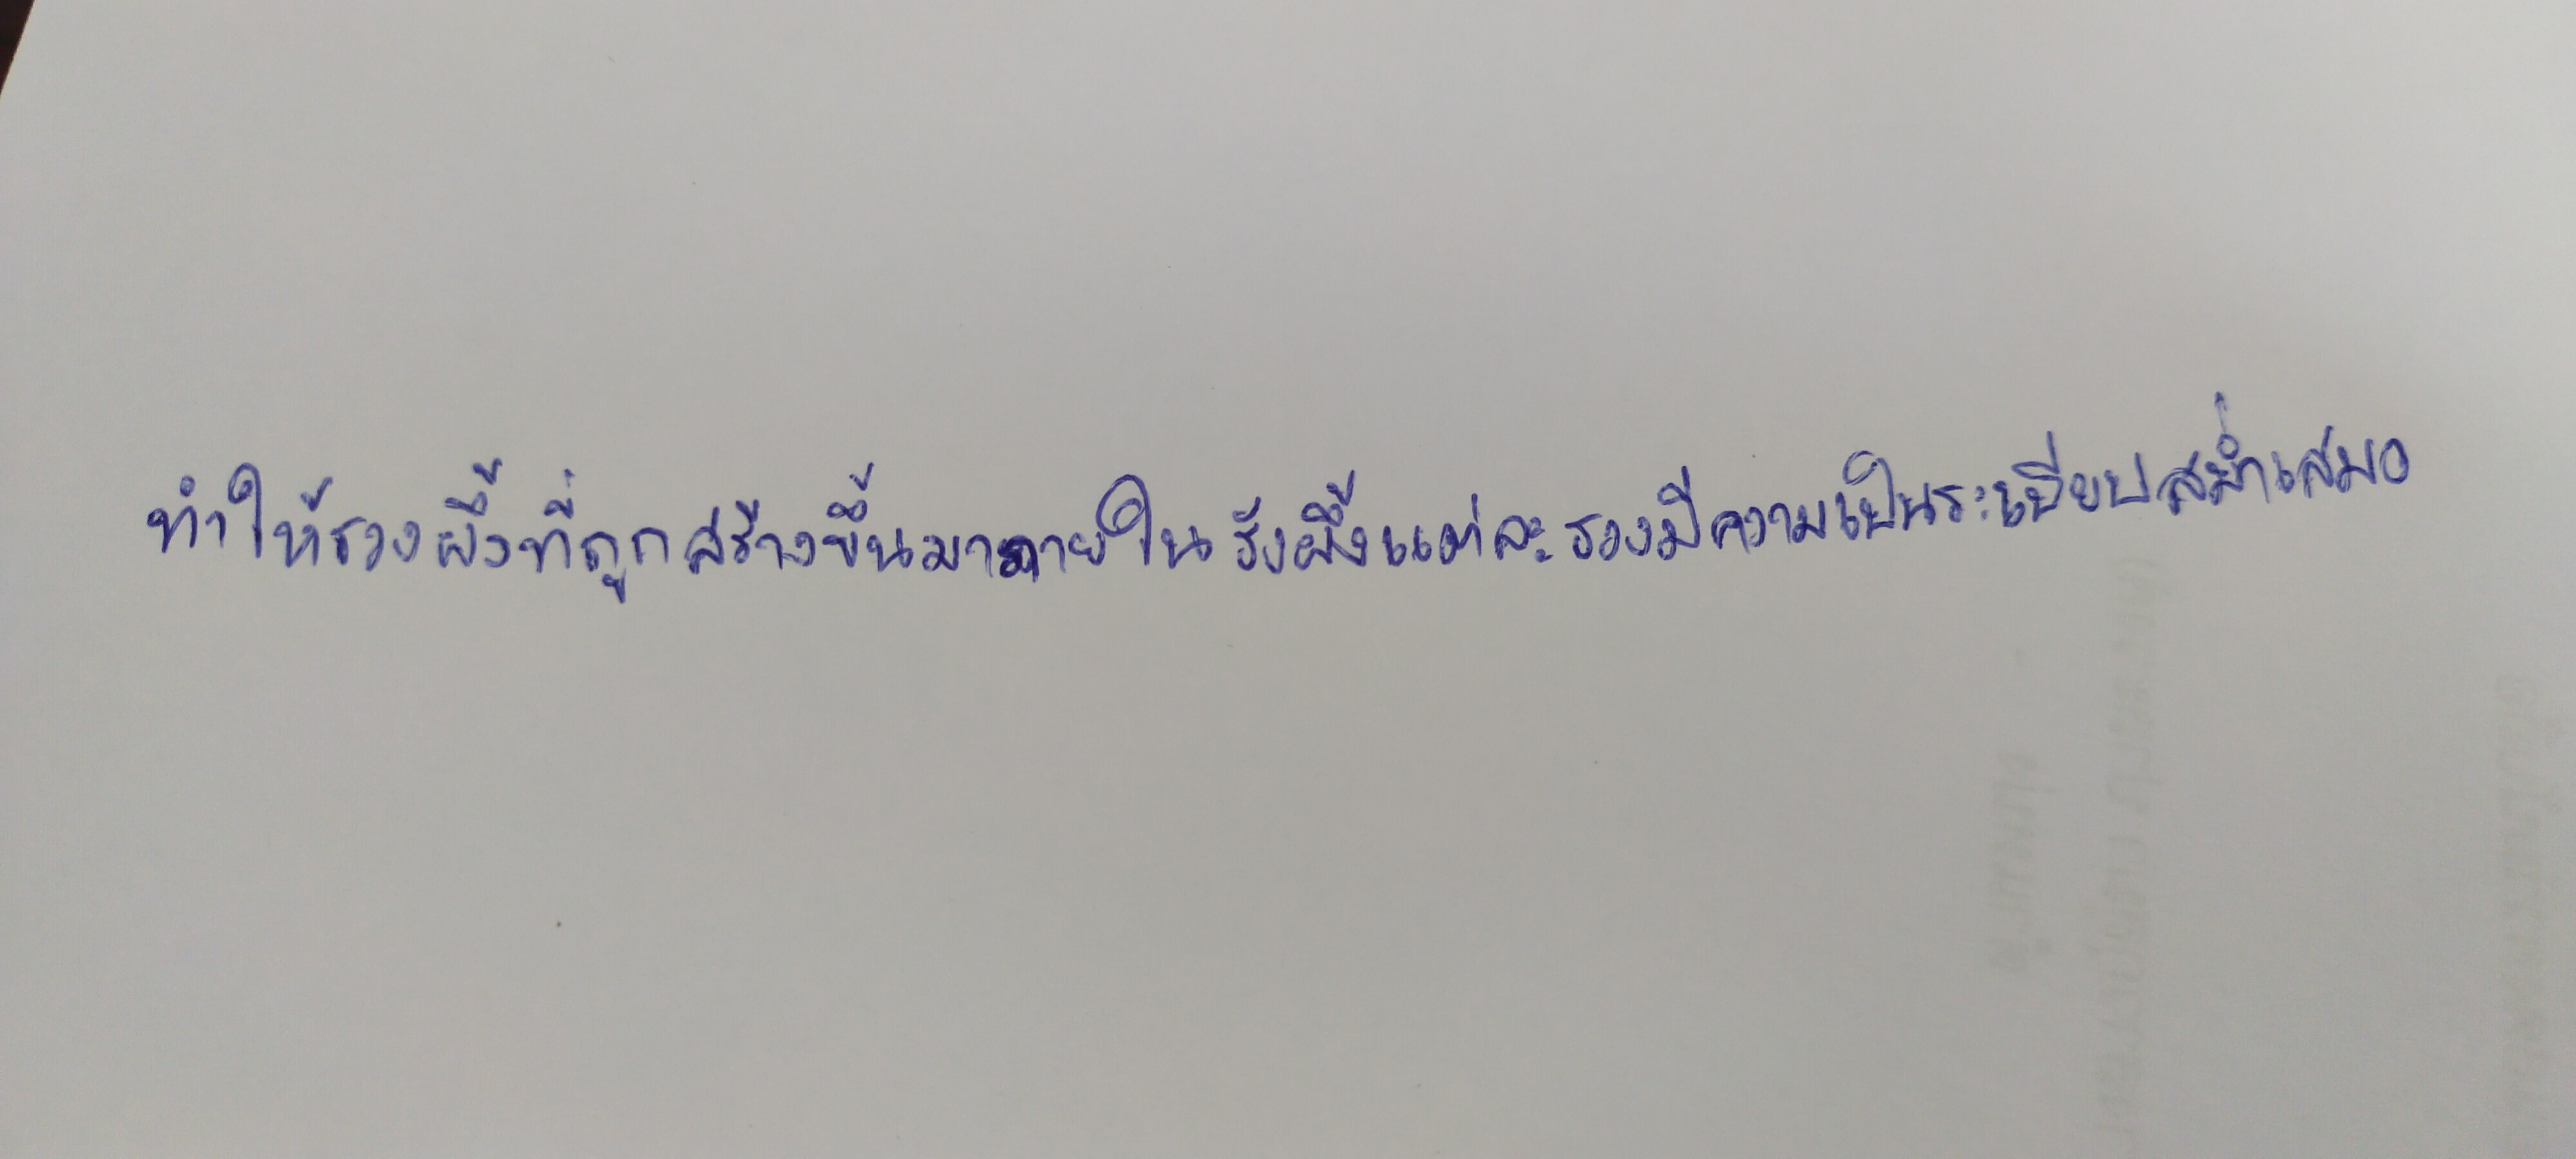
ทำให้รวงผึ้งที่ถูกสร้างขึ้นมาภายในรังผึ้งแต่ละรวงมีความเป็นระเบียบสม่ำเสมอ